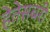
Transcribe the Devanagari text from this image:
हेतेसबरी